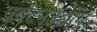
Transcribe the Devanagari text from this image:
पर्यटनउद्योग